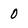
Character: 0